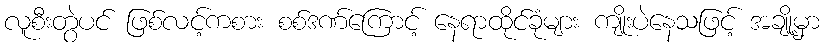
လူစီးတွဲပင် ဖြစ်လင့်ကစား စစ်ဒဏ်ကြောင့် နေရာထိုင်ခုံများ ကျိုးပဲနေသဖြင့် အချို့မှာ